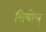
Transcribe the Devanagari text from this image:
सियोल्